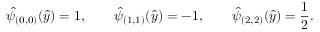
\hat { \psi } _ { ( 0 , 0 ) } ( \hat { y } ) = 1 , \qquad \hat { \psi } _ { ( 1 , 1 ) } ( \hat { y } ) = - 1 , \qquad \hat { \psi } _ { ( 2 , 2 ) } ( \hat { y } ) = \frac { 1 } { 2 } .